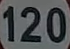
120